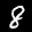
Digit: 8